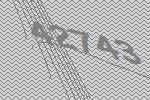
42743